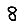
Digit: 8